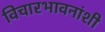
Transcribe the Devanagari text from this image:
विचारभावनांशी